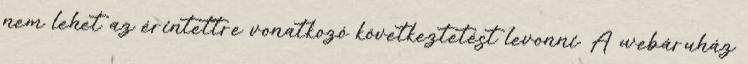
nem lehet az érintettre vonatkozó következtetést levonni. A webáruház